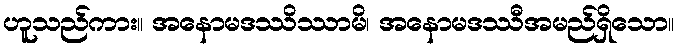
ဟူသည်ကား။ အနောမဒဿိဿာမိ၊ အနောမဒဿီအမည်ရှိသော။